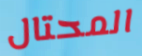
المحتال